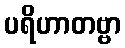
ပရိဟာတဗ္ဗာ